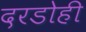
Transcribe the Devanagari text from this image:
दरडोही